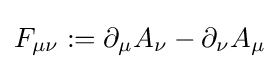
F_{\mu \nu }:=\partial _{\mu }A_{\nu }-\partial _{\nu }A_{\mu }